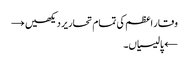
وقار اعظم کی تمام تحاریر دیکھیں →
← پالیسیاں۔